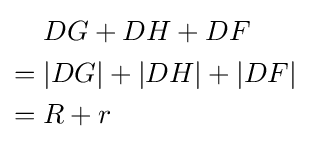
{\begin{aligned}&DG+DH+DF\\={}&|DG|+|DH|+|DF|\\={}&R+r\end{aligned}}